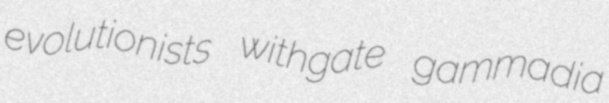
evolutionists withgate gammadia